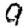
Digit: 9